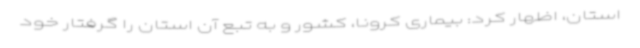
استان، اظهار کرد: بیماری کرونا، کشور و به تبع آن استان را گرفتار خود